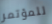
للمؤتمر